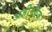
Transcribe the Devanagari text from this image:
अज़ीमगंज